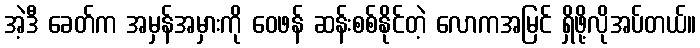
အဲ့ဒီ ခေတ်က အမှန်အမှားကို ဝေဖန် ဆန်းစစ်နိုင်တဲ့ လောကအမြင် ရှိဖို့လိုအပ်တယ်။